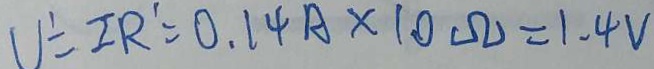
U = I R ^ { \prime } = 0 . 1 4 A \times 1 0 \Omega = 1 . 4 V